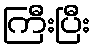
ကြီးပြီး